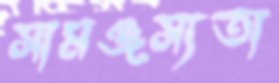
সামঞ্জস্যতা